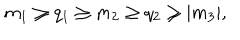
m _ { 1 } \ge q _ { 1 } \ge m _ { 2 } \ge q _ { 2 } \ge \vert m _ { 3 } \vert ,